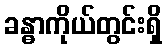
ခန္ဓာကိုယ်တွင်းရှိ